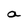
Character: a